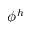
\phi ^ { h }